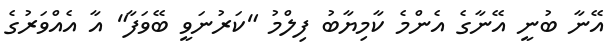
އޭނާ ބުނީ އޭނާގެ އެންމެ ކާމިޔާބު ފިލްމު "ކަރުނަވީ ބޭވަފާ" އާ އެއްވަރުގެ